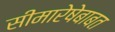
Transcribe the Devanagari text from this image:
सीमारेषेबाबत